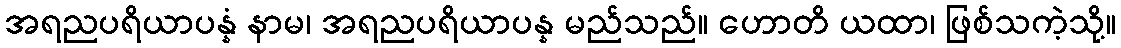
အရညပရိယာပန္နံ နာမ၊ အရညပရိယာပန္န မည်သည်။ ဟောတိ ယထာ၊ ဖြစ်သကဲ့သို့။